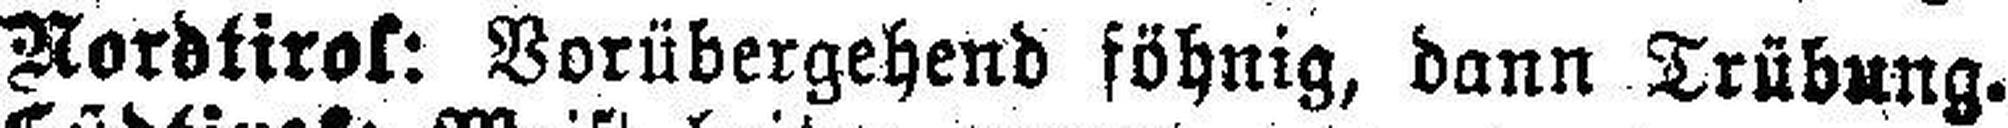
Nordtirol: Vorübergehend föhnig, dann Trübung.